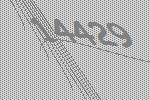
14429